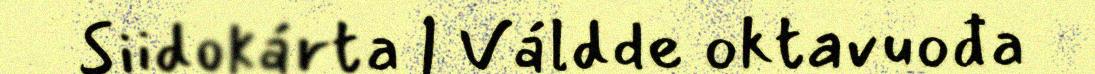
Siidokárta | Váldde oktavuođa